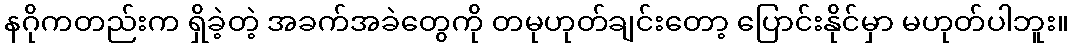
နဂိုကတည်းက ရှိခဲ့တဲ့ အခက်အခဲတွေကို တမုဟုတ်ချင်းတော့ ပြောင်းနိုင်မှာ မဟုတ်ပါဘူး။